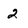
Character: 2